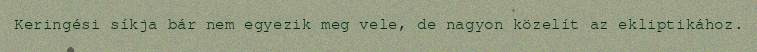
Keringési síkja bár nem egyezik meg vele, de nagyon közelít az ekliptikához.